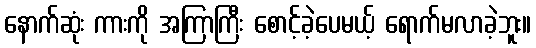
နောက်ဆုံး ကားကို အကြာကြီး စောင့်ခဲ့ပေမယ့် ရောက်မလာခဲ့ဘူး။